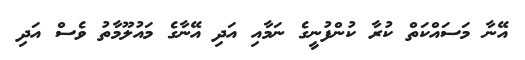
އޭނާ މަސައްކަތް ކުރާ ކުންފުނީގެ ނަމާއި އަދި އޭނާގެ މައުލޫމާތު ވެސް އަދި